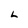
Character: L